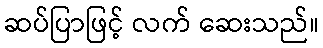
ဆပ်ပြာဖြင့် လက် ဆေးသည်။